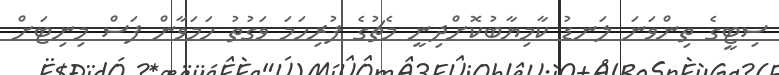
ސިޓީގެ ތިންވަނަ ލަނޑު ކާމިޔާބުކޮށްދިނީ މެޗުގެ ފުރިހަމަ ވަގުތު ހަމަވާން ފަސް މިނިޓަށް